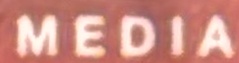
MEDIA